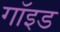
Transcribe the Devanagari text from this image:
गॉइड